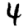
Digit: 4